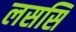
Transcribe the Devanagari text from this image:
लससि